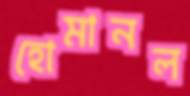
হোমানল